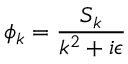
\phi _ { k } = { \frac { S _ { k } } { k ^ { 2 } + i \epsilon } }